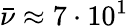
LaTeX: \bar{\nu}\approx 7\cdot 10^{1}